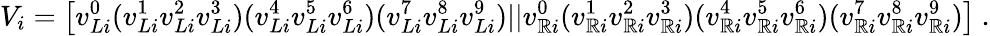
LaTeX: V_{i}=\left[v_{Li}^{0}(v_{Li}^{1}v_{Li}^{2}v_{Li}^{3})(v_{Li}^{4}v_{Li}^{5}v_{Li}^{6})(v_{Li}^{7}v_{Li}^{8}v_{Li}^{9})||v_{\mathbb{R}i}^{0}(v_{\mathbb{R}i}^{1}v_{\mathbb{R}i}^{2}v_{\mathbb{R}i}^{3})(v_{\mathbb{R}i}^{4}v_{\mathbb{R}i}^{5}v_{\mathbb{R}i}^{6})(v_{\mathbb{R}i}^{7}v_{\mathbb{R}i}^{8}v_{\mathbb{R}i}^{9})\right]~.